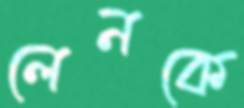
লেনকে